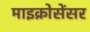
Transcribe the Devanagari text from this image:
माइक्रोसेंसर